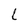
Character: l